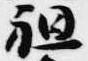
祖